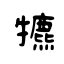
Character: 犥